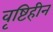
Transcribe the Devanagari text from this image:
वृष्टिहीन